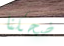
ضحكنا